Senior Leaving Certificate Examination (including Day School Certificate (Higher) General paper), 1949
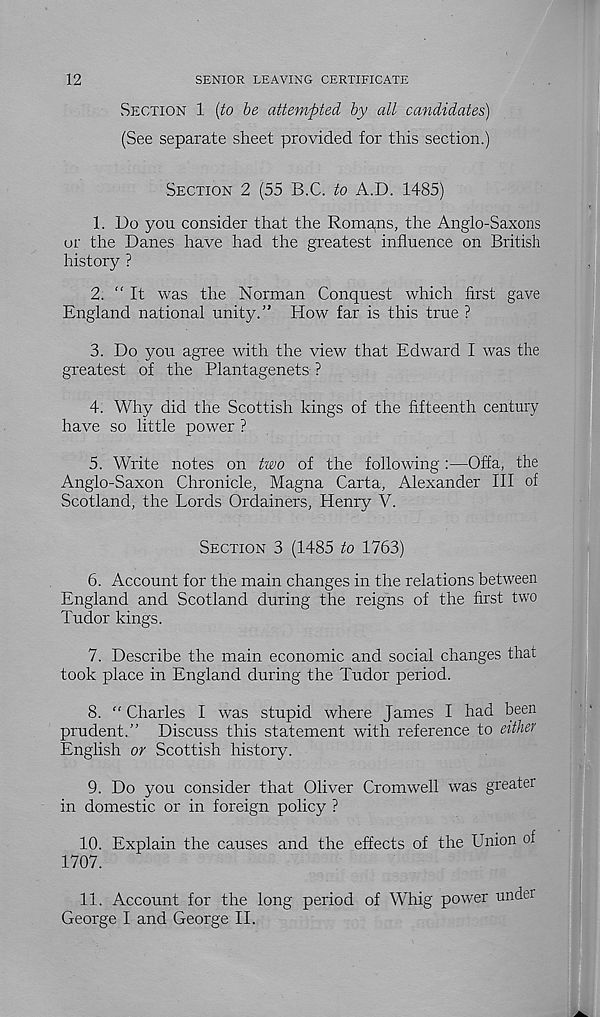
12
SENIOR LEAVING CERTIFICATE
SECTION 1 [to be attempted by all candidates)
(See separate sheet provided for this section.)
SECTION 2 (55 B.C. to A.D. 1485)
1. Do you consider that the Romans, the Anglo-Saxons
or the Danes have had the greatest influence on British
history ?
2. "It was the Norman Conquest which first gave
England national unity.” How far is this true ?
3. Do you agree with the view that Edward I was the
greatest of the Plantagenets ?
4. Why did the Scottish kings of the fifteenth century
have so little power ?
5. Write notes on two of the following :—Offa, the
Anglo-Saxon Chronicle, Magna Carta, Alexander III of
Scotland, the Lords Ordainers, Henry V.
SECTION 3 (1485 to 1763)
6. Account for the main changes in the relations between
England and Scotland during the reigns of the first two
Tudor kings.
7. Describe the main economic and social changes that
took place in England during the Tudor period.
8. “ Charles I was stupid where James I had been
prudent.” Discuss this statement with reference to either
English or Scottish history.
9. Do you consider that Oliver Cromwell was greater
in domestic or in foreign policy ?
10. Explain the causes and the effects of the Union of
1707.
11. Account for the long period of Whig power under
George I and George II.